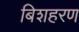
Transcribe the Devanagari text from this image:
बिशहरण